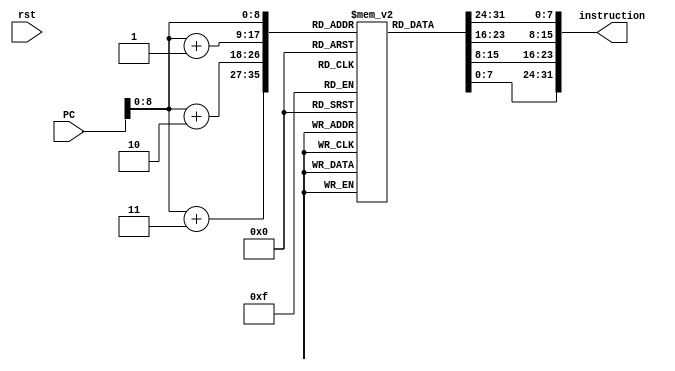
module instructionMem (rst, PC, instruction);
	input rst;
	input [31:0] PC;
	output [31:0] instruction;

	reg[7:0] instMem[511:0];

	initial begin
		instMem[0] <= 8'b00100100;
		instMem[1] <= 8'b00000001;
		instMem[2] <= 8'b00000000;
		instMem[3] <= 8'b00000001;
		instMem[4] <= 8'b00100100;
		instMem[5] <= 8'b00000010;
		instMem[6] <= 8'b00000000;
		instMem[7] <= 8'b00000101;
		instMem[8] <= 8'b00100100;
		instMem[9] <= 8'b00011111;
		instMem[10] <= 8'b00000000;
		instMem[11] <= 8'b00000000;
		instMem[12] <= 8'b00100100;
		instMem[13] <= 8'b00011110;
		instMem[14] <= 8'b00000000;
		instMem[15] <= 8'b00000000;
		instMem[16] <= 8'b00100100;
		instMem[17] <= 8'b00011101;
		instMem[18] <= 8'b00000000;
		instMem[19] <= 8'b00000000;
		instMem[20] <= 8'b00100100;
		instMem[21] <= 8'b00000011;
		instMem[22] <= 8'b00000000;
		instMem[23] <= 8'b00000010;
		instMem[24] <= 8'b00100100;
		instMem[25] <= 8'b00011111;
		instMem[26] <= 8'b00000000;
		instMem[27] <= 8'b00000000;
		instMem[28] <= 8'b00100100;
		instMem[29] <= 8'b00011110;
		instMem[30] <= 8'b00000000;
		instMem[31] <= 8'b00000000;
		instMem[32] <= 8'b00100100;
		instMem[33] <= 8'b00011101;
		instMem[34] <= 8'b00000000;
		instMem[35] <= 8'b00000000;
		instMem[36] <= 8'b00100100;
		instMem[37] <= 8'b00000100;
		instMem[38] <= 8'b00000000;
		instMem[39] <= 8'b00000001;
		instMem[40] <= 8'b00100100;
		instMem[41] <= 8'b00011111;
		instMem[42] <= 8'b00000000;
		instMem[43] <= 8'b00000000;
		instMem[44] <= 8'b00100100;
		instMem[45] <= 8'b00011110;
		instMem[46] <= 8'b00000000;
		instMem[47] <= 8'b00000000;
		instMem[48] <= 8'b00100100;
		instMem[49] <= 8'b00011101;
		instMem[50] <= 8'b00000000;
		instMem[51] <= 8'b00000000;
		instMem[52] <= 8'b00000000;
		instMem[53] <= 8'b01100100;
		instMem[54] <= 8'b00100000;
		instMem[55] <= 8'b00011000;
		instMem[56] <= 8'b00100100;
		instMem[57] <= 8'b00011111;
		instMem[58] <= 8'b00000000;
		instMem[59] <= 8'b00000000;
		instMem[60] <= 8'b00100100;
		instMem[61] <= 8'b00011110;
		instMem[62] <= 8'b00000000;
		instMem[63] <= 8'b00000000;
		instMem[64] <= 8'b00100100;
		instMem[65] <= 8'b00011101;
		instMem[66] <= 8'b00000000;
		instMem[67] <= 8'b00000000;
		instMem[68] <= 8'b00100100;
		instMem[69] <= 8'b00100001;
		instMem[70] <= 8'b00000000;
		instMem[71] <= 8'b00000001;
		instMem[72] <= 8'b00100100;
		instMem[73] <= 8'b00011111;
		instMem[74] <= 8'b00000000;
		instMem[75] <= 8'b00000000;
		instMem[76] <= 8'b00100100;
		instMem[77] <= 8'b00011110;
		instMem[78] <= 8'b00000000;
		instMem[79] <= 8'b00000000;
		instMem[80] <= 8'b00100100;
		instMem[81] <= 8'b00011101;
		instMem[82] <= 8'b00000000;
		instMem[83] <= 8'b00000000;
		instMem[84] <= 8'b00100100;
		instMem[85] <= 8'b01100011;
		instMem[86] <= 8'b00000000;
		instMem[87] <= 8'b00000001;
		instMem[88] <= 8'b00100100;
		instMem[89] <= 8'b00011111;
		instMem[90] <= 8'b00000000;
		instMem[91] <= 8'b00000000;
		instMem[92] <= 8'b00100100;
		instMem[93] <= 8'b00011110;
		instMem[94] <= 8'b00000000;
		instMem[95] <= 8'b00000000;
		instMem[96] <= 8'b00100100;
		instMem[97] <= 8'b00011101;
		instMem[98] <= 8'b00000000;
		instMem[99] <= 8'b00000000;
		instMem[100] <= 8'b00100000;
		instMem[101] <= 8'b01000001;
		instMem[102] <= 8'b00000000;
		instMem[103] <= 8'b00001100;
	end

	assign instruction = {instMem[PC], instMem[PC + 1], instMem[PC + 2], instMem[PC+ 3]};

endmodule